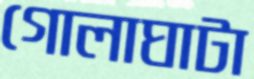
গোলাঘাটা